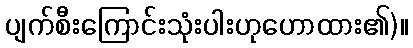
ပျက်စီးကြောင်းသုံးပါးဟုဟောထား၏)။